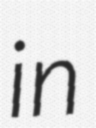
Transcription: in